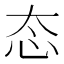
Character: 态